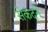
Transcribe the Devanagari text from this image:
सेकंदने